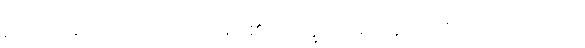
ဥဒကံ၊ ရေကို။ ဒဒေယျ၊ ပေးရာ၏။ ဘိက္ခဝေ၊ ရဟန်းတို့။ ဧဝဉှိ၊ ဤသို့လျှင်။